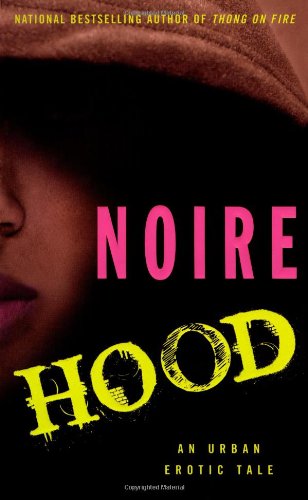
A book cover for Hood: An Urban Erotic Tale; Noire; Romance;